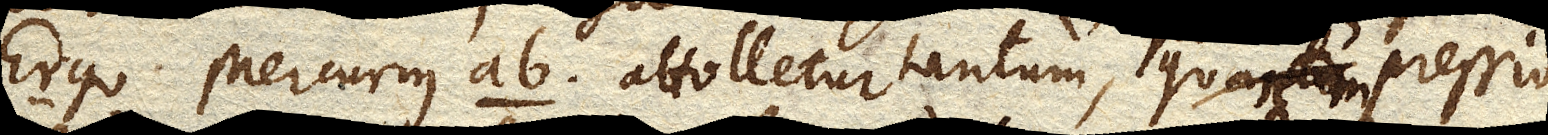
Ergo Mercurius ab. attolletur tantum, quantum pressio